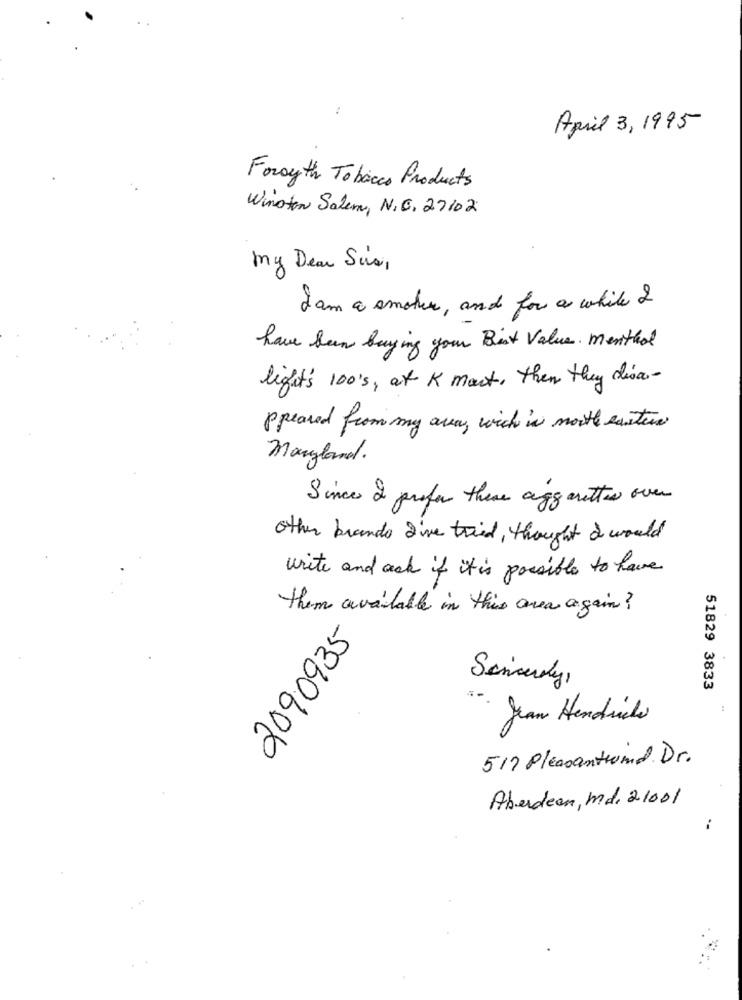
April 3, 1995
Forsyth Tobacco Products
Winston Salem, N.C. 27102
my Dear Sus,
I am a smoker, and for a while &
have been buying your Best Value. menthol
light's 100's, at K mart, then they disa-
ppeared from my area, wich in north eastern
Maryland.
Since I prefer these agg arettes over
other brands I've tried, thought I would
write and ack if it is possible to have
them available in this area again ?
2090935
Sincerely,
51829 3833
Juan Hendrich
517 Pleasantwind. Dr.
Aberdeen, md, 21001